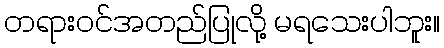
တရားဝင်အတည်ပြုလို့ မရသေးပါဘူး။